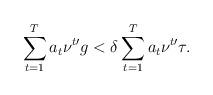
LaTeX: \begin{align*}\sum_{t=1}^Ta_t\nu^{t \prime}g<\delta\sum_{t=1}^Ta_t\nu^{t \prime}\tau.\end{align*}